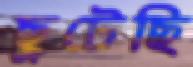
ছুটেছি